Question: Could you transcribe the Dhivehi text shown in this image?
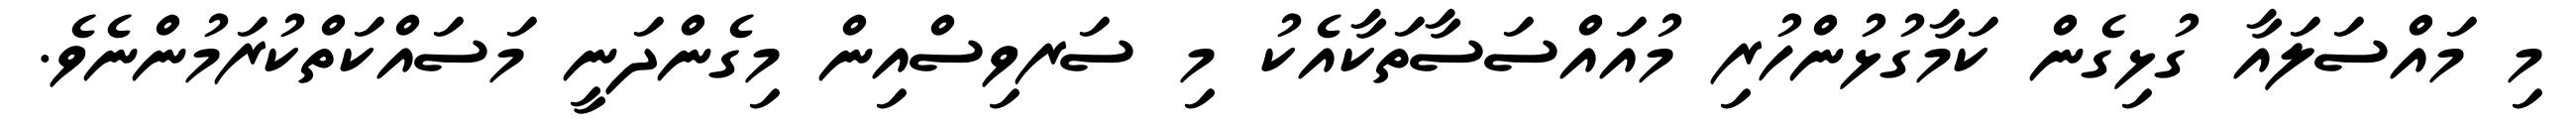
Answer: މި މައްސަލައާ ގުޅިގެން ކަމާގުޅުންހުރި މުއައްސަސާތަކާއެކު މި ސަރވިސްއިން މިގެންދަނީ މަސައްކަތްކުރަމުންނެވެ.